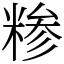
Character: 糁